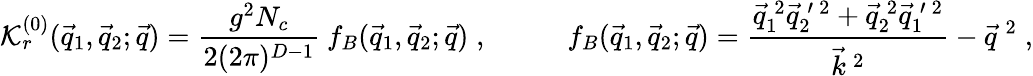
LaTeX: {\cal\mathcal{K}}_{r}^{(0)}(\vec{{q}}_{1},\vec{{q}}_{2};\vec{{q}})=\frac{{g^{2}N_{c}}}{{2(2\pi)^{D-1}}}\: f_{B}(\vec{{q}}_{1},\vec{{q}}_{2};\vec{{q}})\; ,\; \; \; \; \; \; \; \; \; \; f_{B}(\vec{{q}}_{1},\vec{{q}}_{2};\vec{{q}})=\frac{{\vec{{q}}_{1}^{\: 2}\vec{{q}}_{2}^{\: \prime\: 2}+\vec{{q}}_{2}^{\: 2}\vec{{q}}_{1}^{\: \prime\: 2}}}{{\vec{{k}}^{\: 2}}}-\vec{{q}}^{\: 2}\; ,